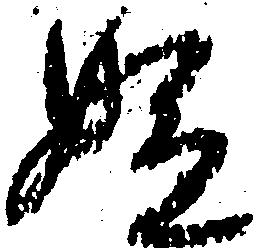
嫌